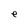
Character: e